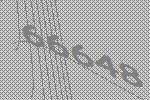
66648